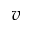
v